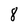
Character: 8